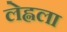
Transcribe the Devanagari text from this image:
लेह्नला